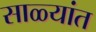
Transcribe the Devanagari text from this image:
साळ्यांत